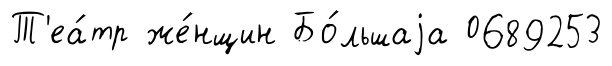
Т'еа́тр же́нщин Бо́льшаjа 0689253